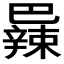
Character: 𫶼